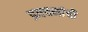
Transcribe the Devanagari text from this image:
प्रवचनांची